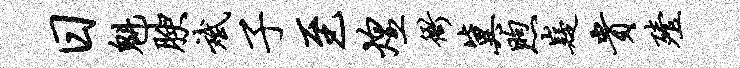
日魁腴斌子至煌衙冀煦嶷贵殪